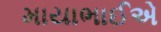
માયાભાઈએ